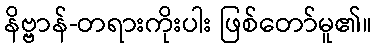
နိဗ္ဗာန်-တရားကိုးပါး ဖြစ်တော်မူ၏။